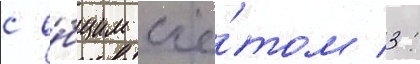
с о́бщим счё́том 3: